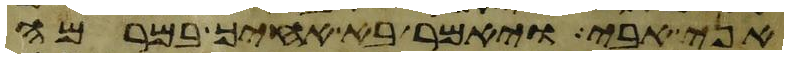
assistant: אני אבי ויאמר בא אחיך במרמה